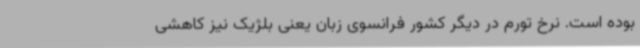
بوده است. نرخ تورم در دیگر کشور فرانسوی زبان یعنی بلژیک نیز کاهشی